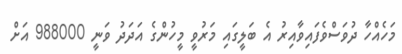
މަހެއްހާ ދުވަސްވެފައިވާއިރު އެ ބަލީގައި މަރުވީ މީހުންގެ އަދަދު ވަނީ 988000 އަށް